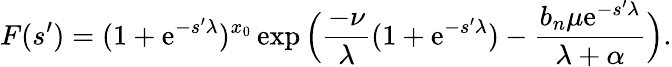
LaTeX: F(s^{\prime})=(1+\mathrm{e}^{-s^{\prime}\lambda})^{x_{0}}\exp\Big(\frac{{-\nu}}{{\lambda}}(1+\mathrm{e}^{-s^{\prime}\lambda})-\frac{{b_{n}\mu\mathrm{e}^{-s^{\prime}\lambda}}}{{\lambda+\alpha}}\Big).